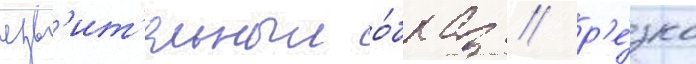
язв'ит'ельныи о́браз / р'е́зко